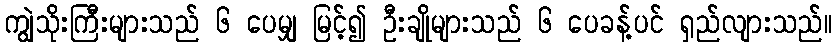
ကျွဲသိုးကြီးများသည် ၆ ပေမျှ မြင့်၍ ဦးချိုများသည် ၆ ပေခန့်ပင် ရှည်လျားသည်။